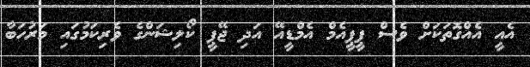
އެއީ އެއްގޮތަކަށް ވެސް ޕީޕީއެމް އެމްޑީއޭ އަދި ޖޭޕީ ކޯލިޝަންގެ ވެރިކަމުގައި މަރުހަބާ